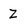
Character: Z